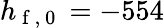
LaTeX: h_{\mathrm{~f~,~0~}}=-554